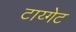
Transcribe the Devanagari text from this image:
टाय्गेट